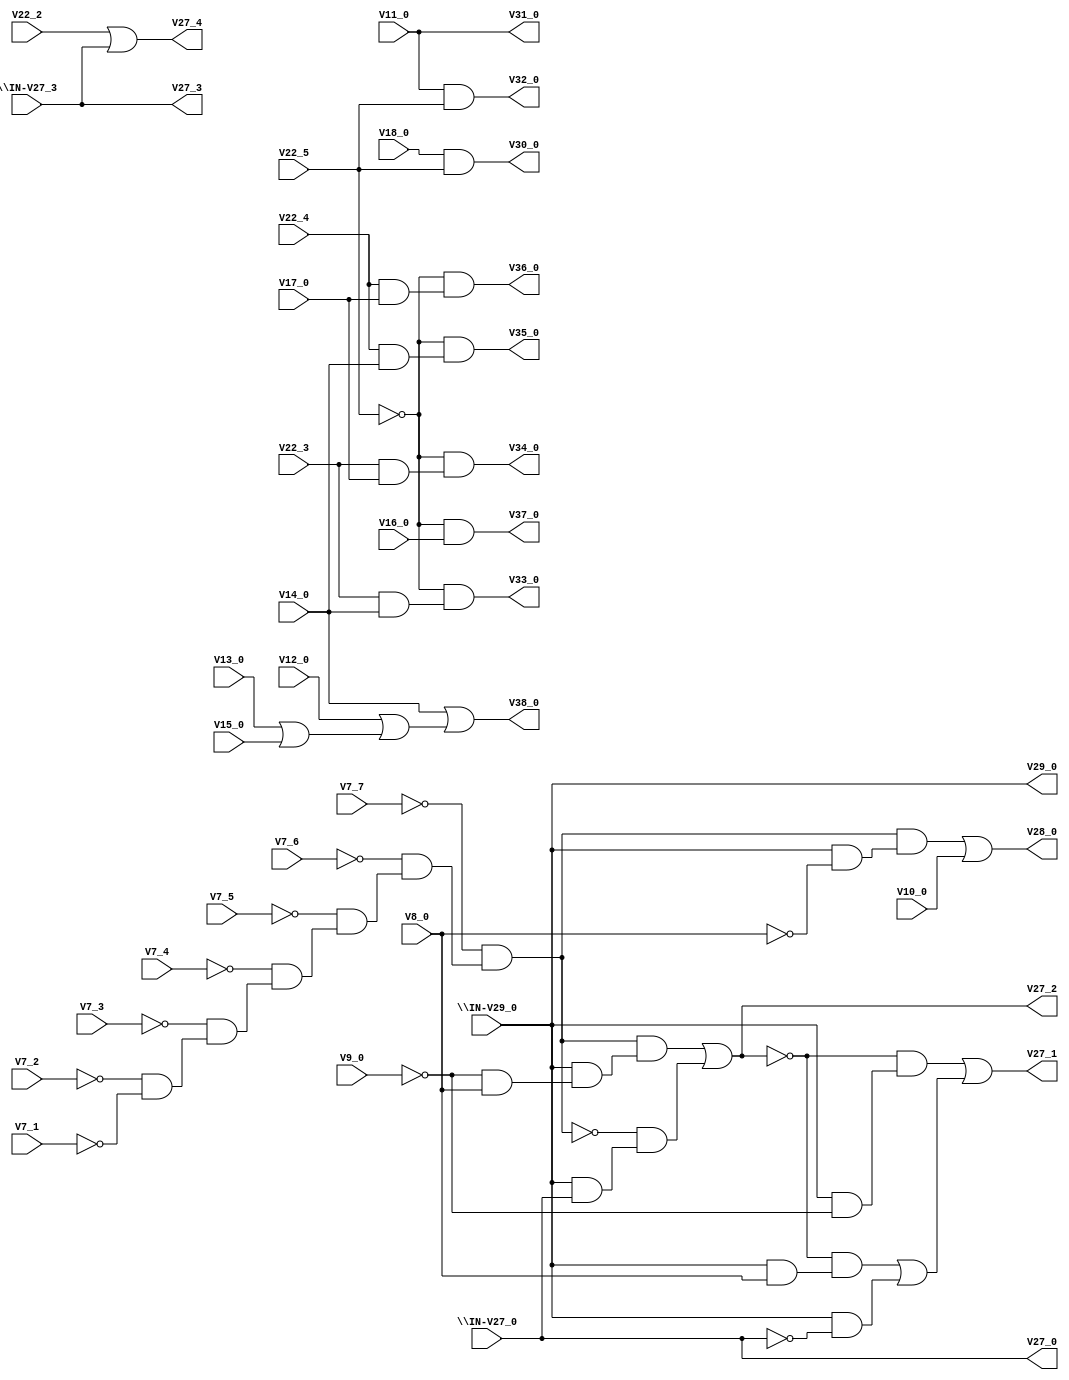
// IWLS benchmark module "i1" printed on Wed May 29 16:38:44 2002
module i1(\IN-V27_0 , V7_1, V7_2, V7_3, V7_4, V7_5, V7_6, V7_7, V8_0, V9_0, V10_0, V11_0, V12_0, V13_0, V14_0, V15_0, V16_0, V17_0, V18_0, \IN-V29_0 , \IN-V27_3 , V22_2, V22_3, V22_4, V22_5, V27_0, V27_1, V27_2, V27_3, V27_4, V28_0, V29_0, V30_0, V31_0, V32_0, V33_0, V34_0, V35_0, V36_0, V37_0, V38_0);
input
  V18_0,
  \IN-V27_0 ,
  V10_0,
  \IN-V27_3 ,
  V17_0,
  V16_0,
  V9_0,
  V15_0,
  V8_0,
  V14_0,
  V7_1,
  V7_2,
  V7_3,
  V7_4,
  V7_5,
  V7_6,
  V7_7,
  V13_0,
  V22_2,
  V22_3,
  V22_4,
  V22_5,
  \IN-V29_0 ,
  V12_0,
  V11_0;
output
  V38_0,
  V30_0,
  V28_0,
  V37_0,
  V27_0,
  V27_1,
  V27_2,
  V27_3,
  V27_4,
  V36_0,
  V35_0,
  V34_0,
  V33_0,
  V32_0,
  V31_0,
  V29_0;
wire
  \[13] ,
  \[14] ,
  \[15] ,
  V51,
  \[1] ,
  \[2] ,
  \[4] ,
  \[5] ,
  \[7] ,
  \[10] ,
  \[9] ,
  \[11] ,
  \[12] ;
assign
  \[13]  = ~V22_5 & (V22_4 & V17_0),
  V38_0 = \[15] ,
  V30_0 = \[7] ,
  V28_0 = \[5] ,
  \[14]  = ~V22_5 & V16_0,
  \[15]  = V14_0 | (V12_0 | (V13_0 | V15_0)),
  V37_0 = \[14] ,
  V51 = ~V7_7 & (~V7_6 & (~V7_5 & (~V7_4 & (~V7_3 & (~V7_2 & ~V7_1))))),
  V27_0 = \IN-V27_0 ,
  V27_1 = \[1] ,
  V27_2 = \[2] ,
  V27_3 = \IN-V27_3 ,
  V27_4 = \[4] ,
  V36_0 = \[13] ,
  V35_0 = \[12] ,
  \[1]  = (~\[2]  & (\IN-V29_0  & ~V9_0)) | ((~\[2]  & (\IN-V29_0  & V8_0)) | (\IN-V29_0  & ~\IN-V27_0 )),
  \[2]  = (V51 & (\IN-V29_0  & (~V9_0 & V8_0))) | (~V51 & (\IN-V29_0  & \IN-V27_0 )),
  V34_0 = \[11] ,
  \[4]  = V22_2 | \IN-V27_3 ,
  V33_0 = \[10] ,
  \[5]  = (V51 & (\IN-V29_0  & ~V8_0)) | V10_0,
  V32_0 = \[9] ,
  \[7]  = V18_0 & V22_5,
  \[10]  = ~V22_5 & (V22_3 & V14_0),
  \[9]  = V11_0 & V22_5,
  \[11]  = ~V22_5 & (V22_3 & V17_0),
  V31_0 = V11_0,
  V29_0 = \IN-V29_0 ,
  \[12]  = ~V22_5 & (V22_4 & V14_0);
endmodule